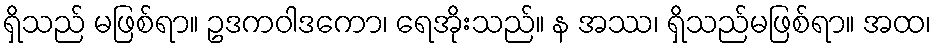
ရှိသည် မဖြစ်ရာ။ ဥဒကဝါဒကော၊ ရေအိုးသည်။ န အဿ၊ ရှိသည်မဖြစ်ရာ။ အထ၊